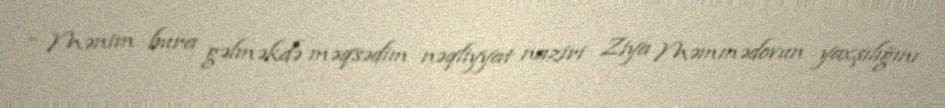
- Mənim bura gəlməkdə məqsədim nəqliyyat naziri Ziya Məmmədovun yaxşılığını